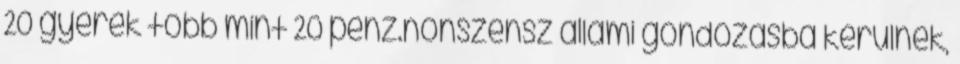
20 gyerek több mint 20 penz.nonszensz allami gondozasba kerulnek,